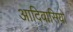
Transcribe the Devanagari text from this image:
आदिवासियो